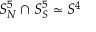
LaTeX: S _ { N } ^ { 5 } \cap S _ { S } ^ { 5 } \simeq S ^ { 4 }